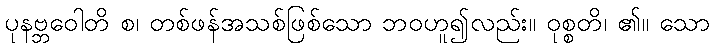
ပုနဗ္ဘဝေါတိ စ၊ တစ်ဖန်အသစ်ဖြစ်သော ဘဝဟူ၍လည်း။ ဝုစ္စတိ၊ ၏။ သော